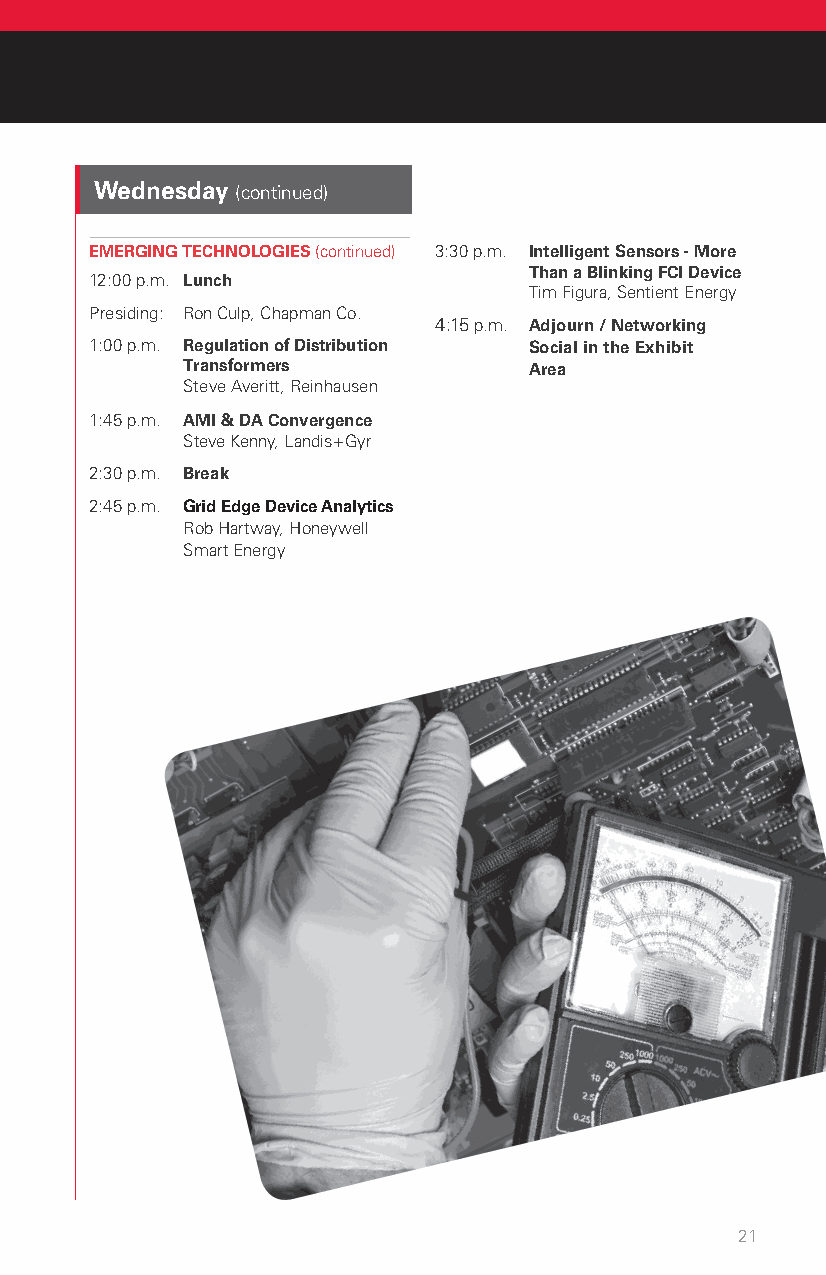
Wednesday (continued)
 EMERGING TECHNOLOGIES (continued) 3:30 p.m. Intelligent Sensors - More
 Than a Blinking FCI Device
 12:00 p.m. Lunch
 Tim Figura, Sentient Energy
 Presiding: Ron Culp, Chapman Co.
 4:15 p.m. Adjourn / Networking
 1:00 p.m. Regulation of Distribution Social in the Exhibit
 Transformers           Area
 Steve Averitt, Reinhausen
 1:45 p.m. AMI & DA Convergence
 Steve Kenny, Landis+Gyr
 2:30 p.m. Break
 2:45 p.m. Grid Edge Device Analytics
 Rob Hartway, Honeywell
 Smart Energy
 21